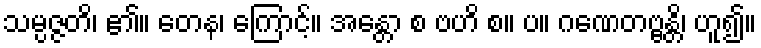
သမ္ပဇ္ဇတိ၊ ၏။ တေန၊ ကြောင့်။ အန္တော စ ဗဟိ စ။ ပ။ ဂဏေတဗ္ဗန္တိ၊ ဟူ၍။